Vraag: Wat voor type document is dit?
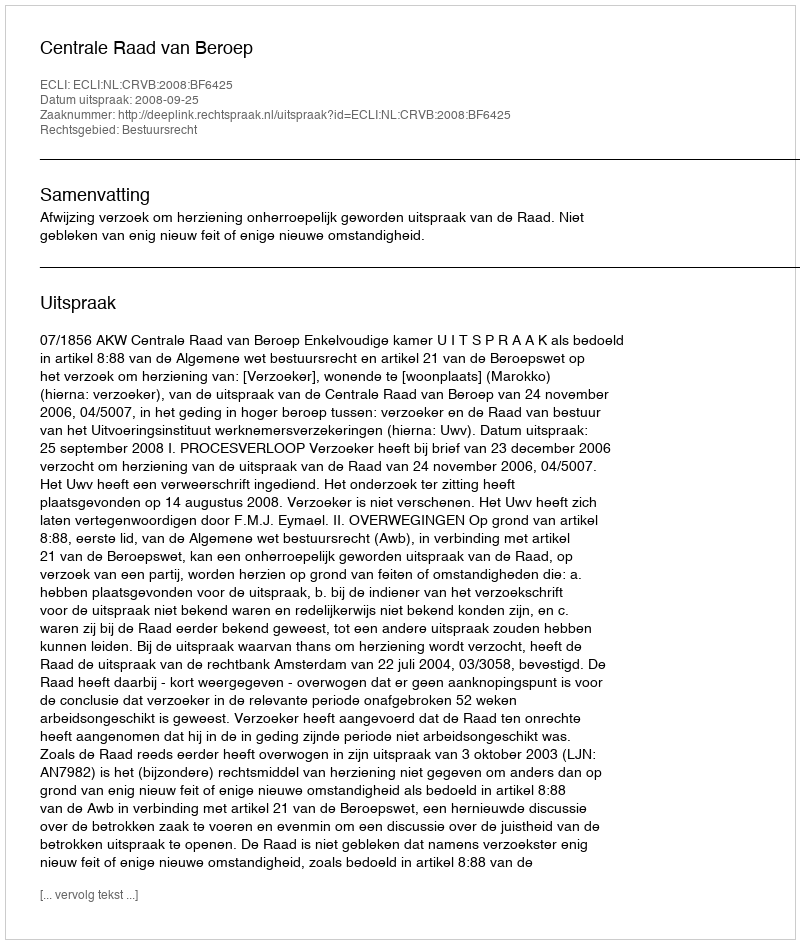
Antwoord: Uitspraak